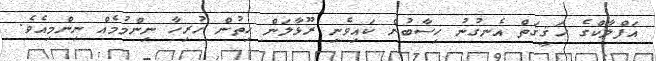
އަފްލާކްގެ ހަޤީޤަތް އެނގުނު ހިސާބުން ކައިވެނި ރޫޅާލަން ހިތުން ހުރިހާ ނިންމުމެއް ނިންމިއެވެ.